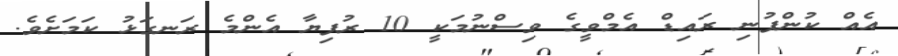
އެއް ކުންފުނި ރައިޑް އެމްވީގެ ވިސްނުމަކީ 10 ރުފިޔާ އެންމެ ރަނގަޅު ކަމަށެވެ.